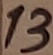
Text: 13